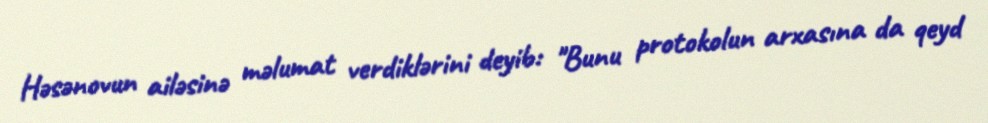
Həsənovun ailəsinə məlumat verdiklərini deyib: "Bunu protokolun arxasına da qeyd